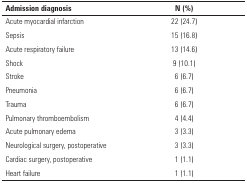
| Admission diagnosis | N (%) |
 | --- | --- |
 | Acute myocardial infarction | 22 (24.7) |
 | Sepsis | 15 (16.8) |
 | Acute respiratory failure | 13 (14.6) |
 | Shock | 9 (10.1) |
 | Stroke | 6 (6.7) |
 | Pneumonia | 6 (6.7) |
 | Trauma | 6 (6.7) |
 | Pulmonary thromboembolism | 4 (4.4) |
 | Acute pulmonary edema | 3 (3.3) |
 | Neurological surgery, postoperative | 3 (3.3) |
 | Cardiac surgery, postoperative | 1 (1.1) |
 | Heart failure | 1 (1.1) |